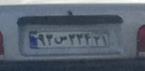
۹۳س۳۳۴۲۱